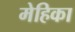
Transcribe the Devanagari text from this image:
मेहिका